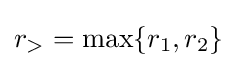
r_{>}=\max\{r_{1},r_{2}\}